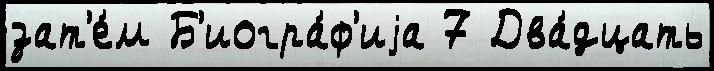
зат'е́м Б'иогра́ф'иjа 7 Два́дцать